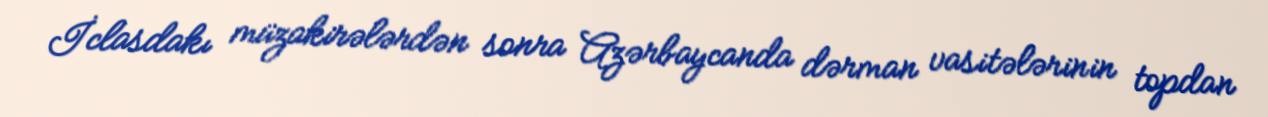
İclasdakı müzakirələrdən sonra Azərbaycanda dərman vasitələrinin topdan